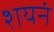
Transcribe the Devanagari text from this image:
शयनं